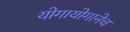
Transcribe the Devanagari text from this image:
योगायोगानेच